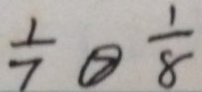
\frac { 1 } { 7 } \textcircled { > } \frac { 1 } { 8 }